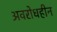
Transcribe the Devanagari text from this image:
अवरोधहीन